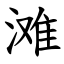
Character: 滩